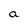
Character: a